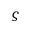
\varsigma